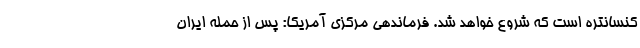
کنسانتره است که شروع خواهد شد. فرماندهی مرکزی آمریکا: پس از حمله ایران